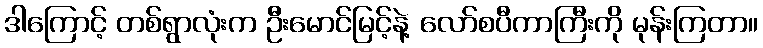
ဒါကြောင့် တစ်ရွာလုံးက ဦးမောင်မြင့်နဲ့ လော်စပီကာကြီးကို မုန်းကြတာ။